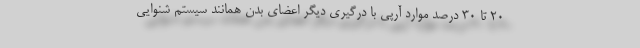
۲۰ تا ۳۰ درصد موارد آرپی با درگیری دیگر اعضای بدن همانند سیستم شنوایی